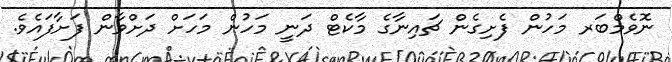
ނޮވެމްބަރ މަހުން ފެށިގެން ޗައިނާގެ މާކެޓް ދަނީ މަހުން މަހަށް ދަށްވާން ފަށާފައެވެ.